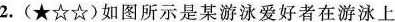
2.(★☆☆)如图所示是某游泳爱好者在游泳上